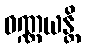
ဝဏ္ဏယန္တိ